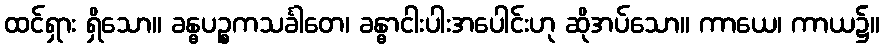
ထင်ရှား ရှိသော။ ခန္ဓပဉ္စကသင်္ခါတေ၊ ခန္ဓာငါးပါးအပေါင်းဟု ဆိုအပ်သော။ ကာယေ၊ ကာယ၌။